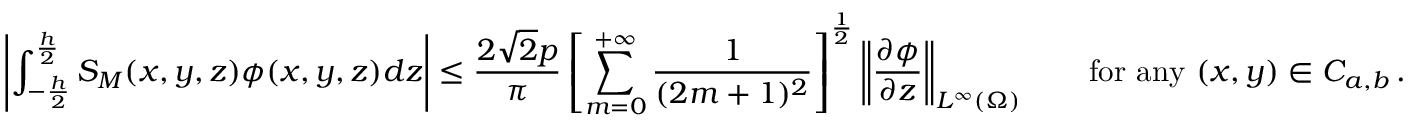
\left| \int _ { - \frac h 2 } ^ { \frac h 2 } S _ { M } ( x , y , z ) \phi ( x , y , z ) d z \right| \le \frac { 2 \sqrt 2 p } { \pi } \left[ \sum _ { m = 0 } ^ { + \infty } \frac { 1 } { ( 2 m + 1 ) ^ { 2 } } \right] ^ { \frac 1 2 } \left\| \frac { \partial \phi } { \partial z } \right\| _ { L ^ { \infty } ( \Omega ) } \qquad \mathrm { f o r ~ a n y ~ } ( x , y ) \in C _ { a , b } \, .